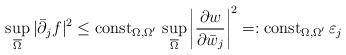
LaTeX: \begin{align*} \sup_{\overline{\Omega}}|\bar{\partial}_j f|^2\le {\rm const}_{\Omega,\Omega'}\,\sup_{\overline{\Omega}}\left|\frac{\partial w}{\partial \bar{w}_j}\right|^2=:{\rm const}_{\Omega,\Omega'}\,\varepsilon_j \end{align*}